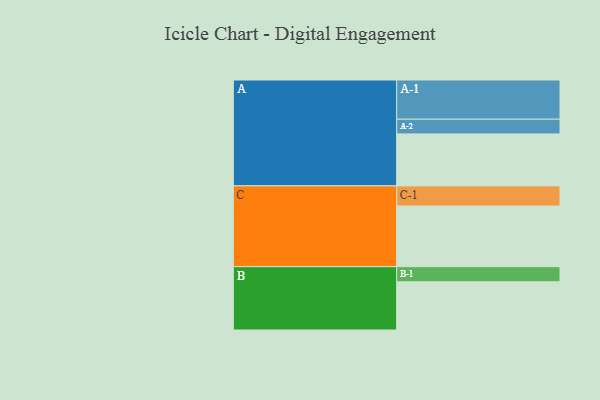
{"axis": {"x": "Segment", "y": "Value"}, "legend": ["", "A", "B", "C"], "data": [{"x": "A", "y": 325, "type": ""}, {"x": "B", "y": 301, "type": ""}, {"x": "C", "y": 379, "type": ""}, {"x": "A-1", "y": 245, "type": "A"}, {"x": "A-2", "y": 92, "type": "A"}, {"x": "B-1", "y": 95, "type": "B"}, {"x": "C-1", "y": 126, "type": "C"}]}